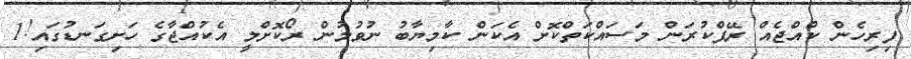
ފިރިހެން ކުއްޖެއް ރޭޕްކުރަން މަސައްކަތްކޮށް އެކަން ކާމިޔާބު ނުވުމުން ރޯކޮށްލީ އެކުއްޖާގެ ހަށިގަނޑުގައި!1